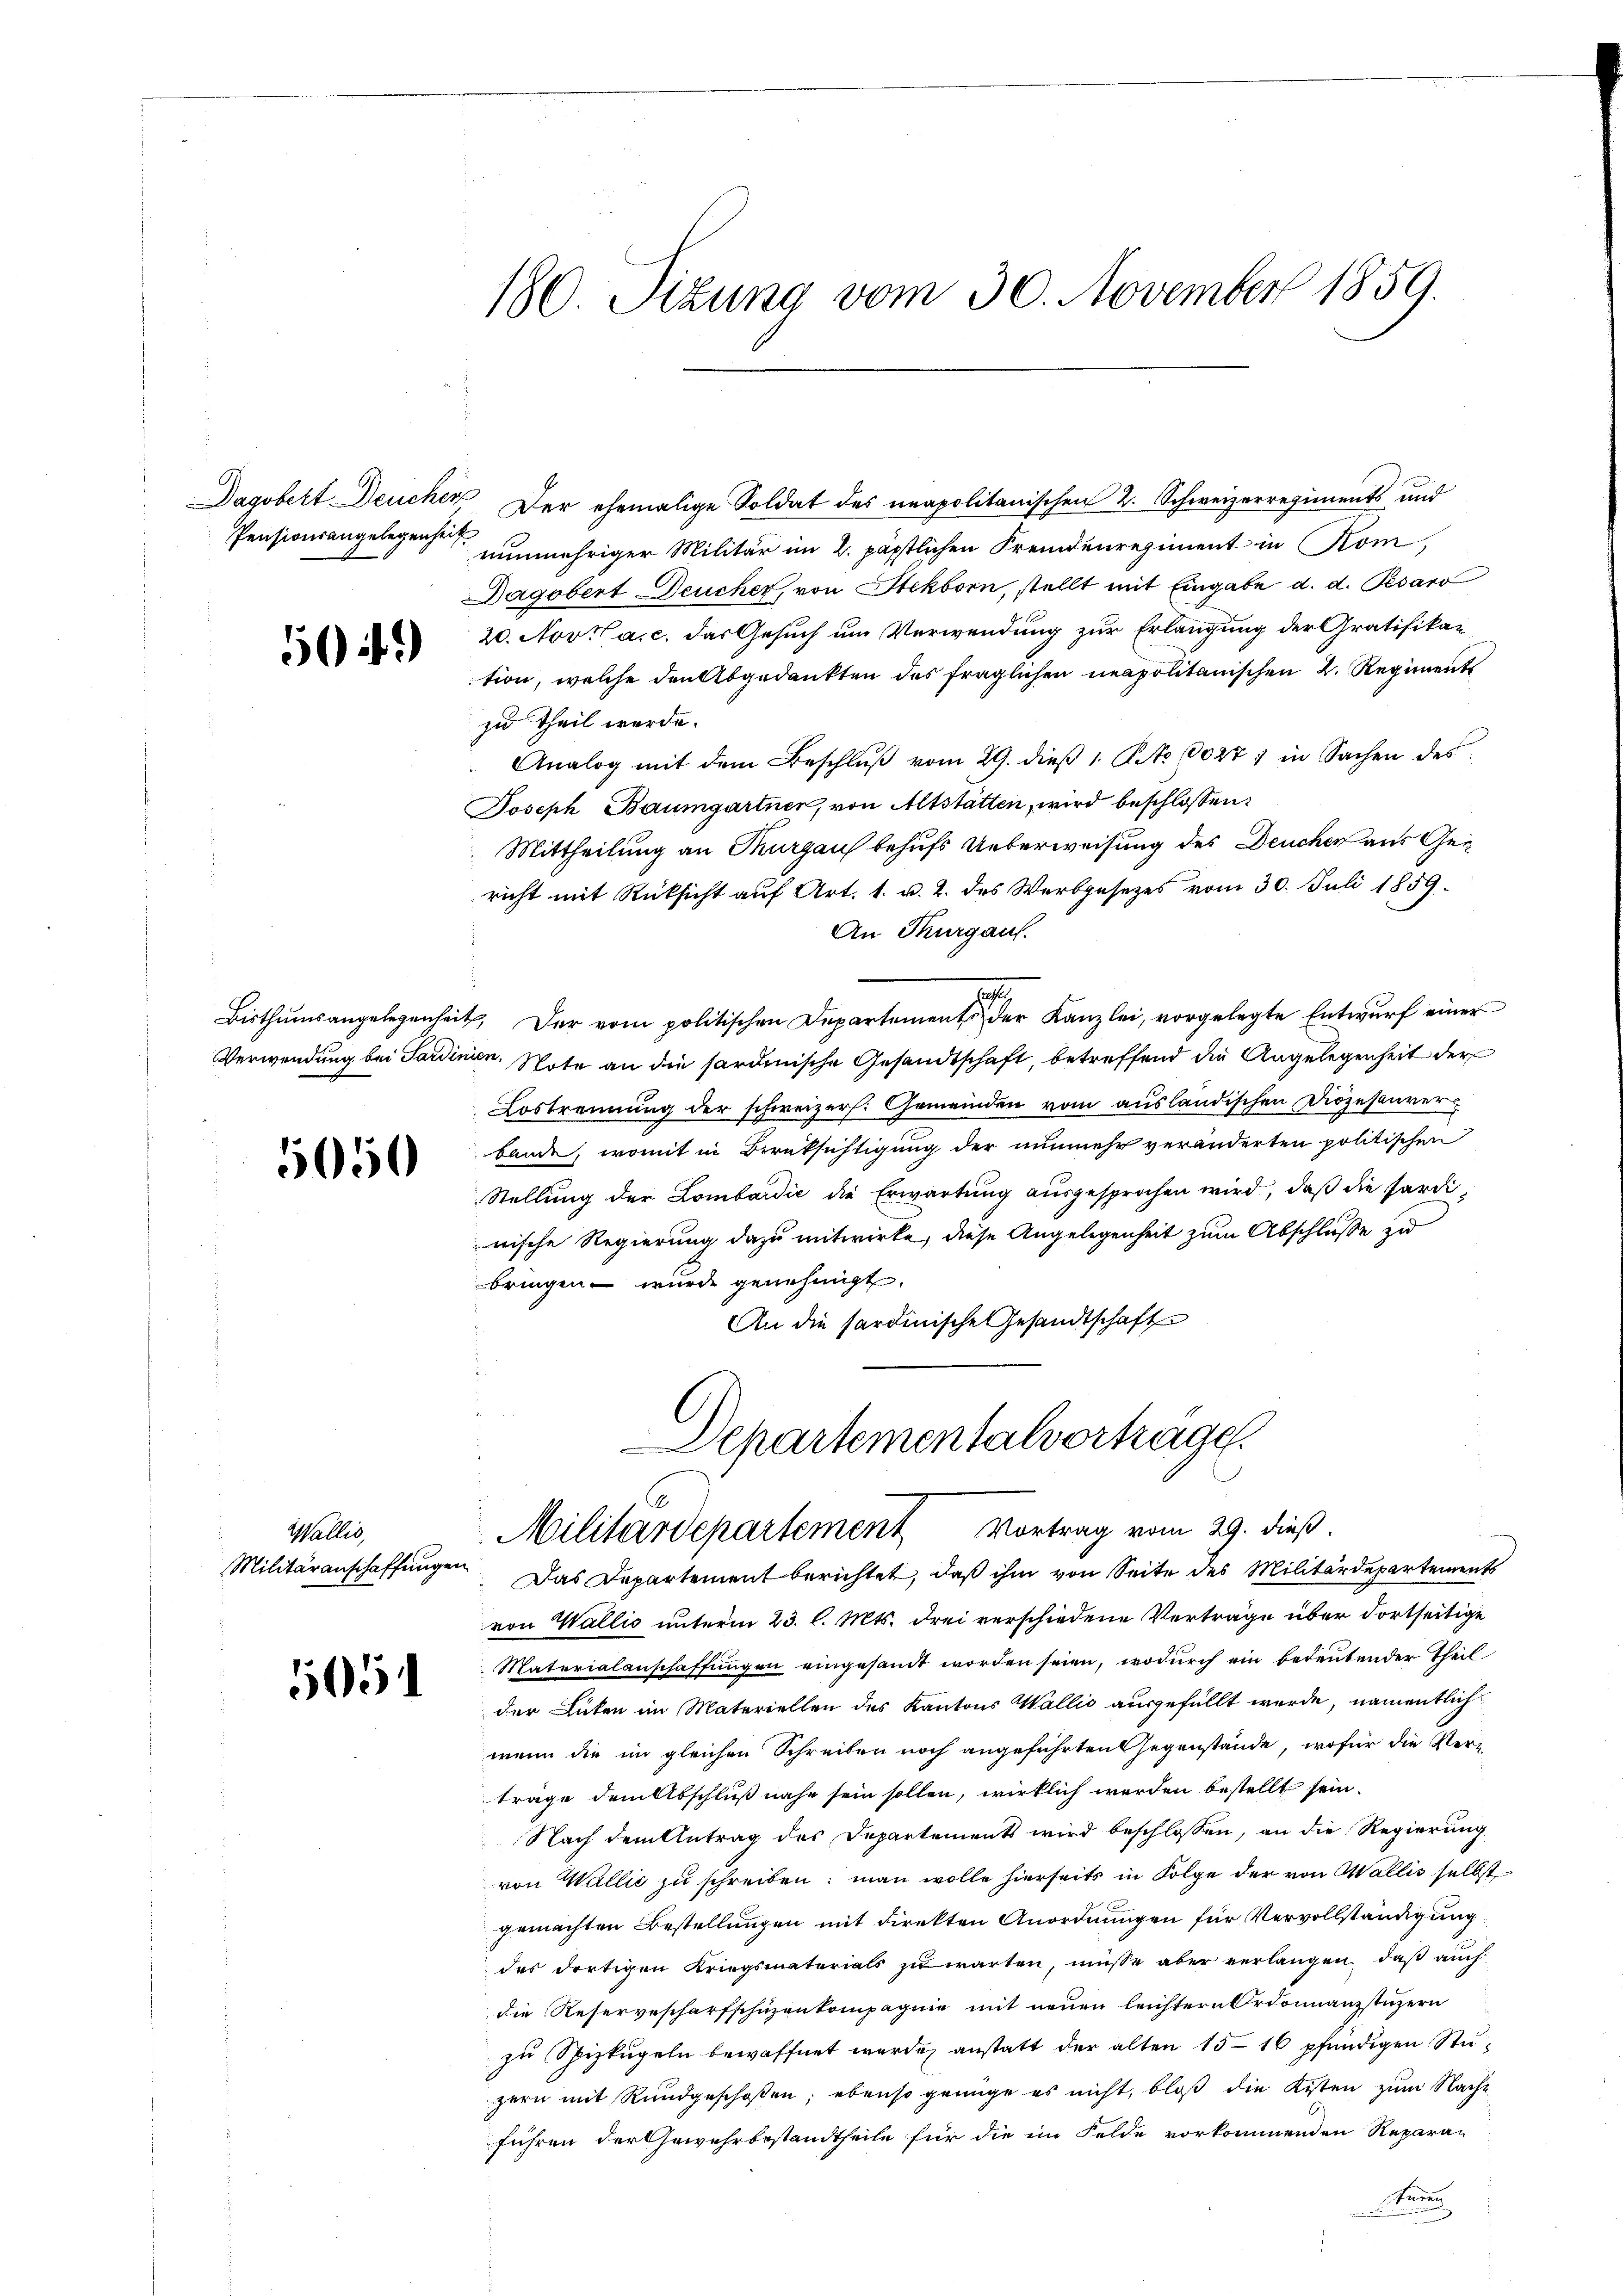
Dagobert Deuchere
Pensionsangelegenheit

54)

5050

Wallis,
Militäranschaffungen

5051

180. Situng vom 30. November 1859.

Der ehemalige Soldat des neapolitanischen 2. Schweizerregiments und
nunmehriger Militär im 2. päpstlichen Fremdenregiment in Rom,
Dagobert Deucher, von Stekborn, stellt mit Eingabe d. d. Pesaro
20. Nov. a. c. das Gesuch um Verwendung zur Erlangung der Gratifikation, welche den Abgedankten des fraglichen neapolitanischen 2. Regiments
zu Theil werde.
Analog mit dem Beschlŭβ vom 29. dieβ 1. No. 60271 in Sachen des
Joseph Baumgartner, von Altstätten, wird beschlossen:
Mittheilung an Thurgau behufs Ueberweisung des Deucher aus Gericht mit Rücksicht auf Art. 1. u. 2. des Werbgesetzes vom 30. Juli 1859.
An Thurgau.
Bisthumsangelegenheit. Der vom politischen Departement der Kanzlei, vorgelegte Entwurf einer
Verwendung bei Sardinien. Note an die sardinische Gesandtschaft, betreffend die Angelegenheit der
Lostrennung der schweizers. Gemeinden vom ausländischen Diözesaurer
bande, womit in Berüksichtigung der nunmehr veränderten politischen
Stellung der Lombardić die Erwartung ausgesprochen wird, daß die Ferdi
nische Regierung dazu mitwirke, diese Angelegenheit zum Abschlusse zu
bringen wurde genehmigt.
An die sardinische Gesandtschaft

Departementalvertrage.
Militärdepartement Vortrag vom 29. dieß.
Das Departement berichtet, daß ihm von Seite des Militärdepartements

von Wallis unterm 23. l. Mts. drei verschiedene Verträge über dortseitige
Materialanschaffungen eingesamt worden seien, wodurch ein bedeutender Theil
der Guten im Materiellen des Kantons Wallis ausgefüllt werde, namentlich
wenn die im gleichen Schreiben noch angeführten Gegenstände, wofür die Verträge dem Abschluß nahe sein sollen, wirklich werden bestellt sein.
Nach dem Antrag des Departements wird beschlossen, an die Regierung
von Wallić zu schreiben; man wolle hierseits in Folge der von Wallis selbst
gemachten Bestellungen mit direkten Anordnungen für Vervollständigung
das dortigen Kriegsmaterials zu warten, müsse aber verlangen, daß auch
die Reservescharfschuzenkompagnie mit neuen leichtern Ordonnanzstuzern
zu Spizkugeln bewaffnet wurde, anstatt der alten 15 16 pfändigen Stuzern mit Rundgeschoßen; ebenso genüge es nicht, bloß die Kisten zum Nacht
führen der Gewehrbestandtheile für die im Felde vorkommenden Reparan
e